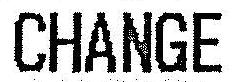
CHANGE